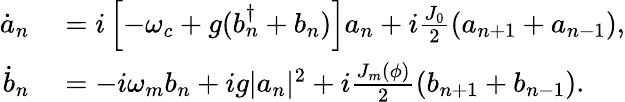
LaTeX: \begin{array}{rl}{\dot{a}_{n}}&{{}=i\left[-\omega_{c}+g(b_{n}^{\dagger}+b_{n})\right]a_{n}+i\frac{J_{0}}{2}(a_{n+1}+a_{n-1}),}\\ {\dot{b}_{n}}&{{}=-i\omega_{m}b_{n}+ig|a_{n}|^{2}+i\frac{J_{m}(\phi)}{2}(b_{n+1}+b_{n-1}).}\end{array}